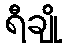
ရီချို